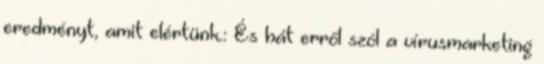
eredményt, amit elértünk.: És hát erről szól a vírusmarketing